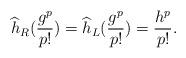
LaTeX: \begin{align*}\widehat{h}_R(\frac{g^p}{p!})=\widehat{h}_L(\frac{g^p}{p!})=\frac{h^p}{p!}.\end{align*}